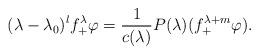
LaTeX: \begin{align*}(\lambda - \lambda_0)^l f_+^\lambda\varphi= \frac{1}{c(\lambda)}P(\lambda)(f_+^{\lambda+m}\varphi). \end{align*}